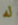
له